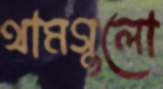
থামগুলো